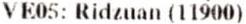
VE05: RIDZUAN (11900)